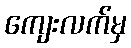
ကျေးလက်မှ